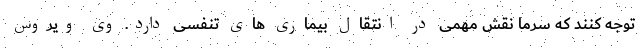
توجه کنند که سرما نقش مهمی در انتقال بیماری های تنفسی دارد. وی ویروس